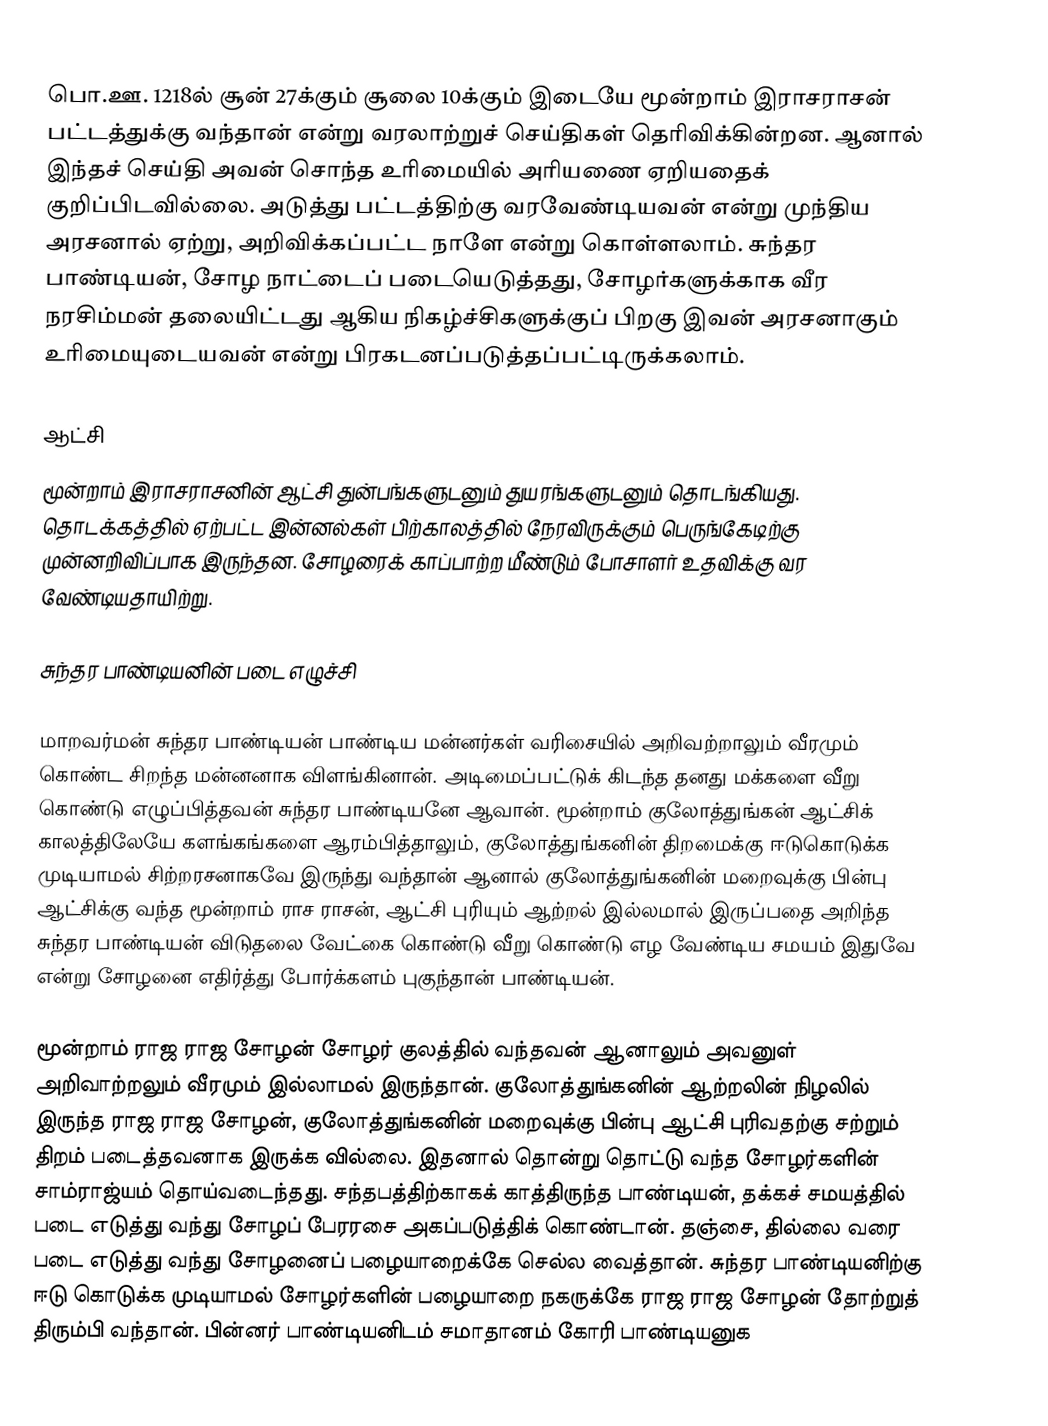
பொ.ஊ. 1218ல் சூன் 27க்கும் சூலை 10க்கும் இடையே மூன்றாம் இராசராசன் பட்டத்துக்கு வந்தான் என்று வரலாற்றுச் செய்திகள் தெரிவிக்கின்றன. ஆனால் இந்தச் செய்தி அவன் சொந்த உரிமையில் அரியணை ஏறியதைக் குறிப்பிடவில்லை. அடுத்து பட்டத்திற்கு வரவேண்டியவன் என்று முந்திய அரசனால் ஏற்று, அறிவிக்கப்பட்ட நாளே என்று கொள்ளலாம். சுந்தர பாண்டியன், சோழ நாட்டைப் படையெடுத்தது, சோழர்களுக்காக வீர நரசிம்மன் தலையிட்டது ஆகிய நிகழ்ச்சிகளுக்குப் பிறகு இவன் அரசனாகும் உரிமையுடையவன் என்று பிரகடனப்படுத்தப்பட்டிருக்கலாம்.

ஆட்சி
மூன்றாம் இராசராசனின் ஆட்சி துன்பங்களுடனும் துயரங்களுடனும் தொடங்கியது. தொடக்கத்தில் ஏற்பட்ட இன்னல்கள் பிற்காலத்தில் நேரவிருக்கும் பெருங்கேடிற்கு முன்னறிவிப்பாக இருந்தன. சோழரைக் காப்பாற்ற மீண்டும் போசாளர் உதவிக்கு வர வேண்டியதாயிற்று.

சுந்தர பாண்டியனின் படை எழுச்சி

மாறவர்மன் சுந்தர பாண்டியன் பாண்டிய மன்னர்கள் வரிசையில் அறிவற்றாலும் வீரமும் கொண்ட சிறந்த மன்னனாக விளங்கினான். அடிமைப்பட்டுக் கிடந்த தனது மக்களை வீறு கொண்டு எழுப்பித்தவன் சுந்தர பாண்டியனே ஆவான். மூன்றாம் குலோத்துங்கன் ஆட்சிக் காலத்திலேயே களங்கங்களை ஆரம்பித்தாலும், குலோத்துங்கனின் திறமைக்கு ஈடுகொடுக்க முடியாமல் சிற்றரசனாகவே இருந்து வந்தான் ஆனால் குலோத்துங்கனின் மறைவுக்கு பின்பு ஆட்சிக்கு வந்த மூன்றாம் ராச ராசன், ஆட்சி புரியும் ஆற்றல் இல்லமால் இருப்பதை அறிந்த சுந்தர பாண்டியன் விடுதலை வேட்கை கொண்டு வீறு கொண்டு எழ வேண்டிய சமயம் இதுவே என்று சோழனை எதிர்த்து போர்க்களம் புகுந்தான் பாண்டியன்.

மூன்றாம் ராஜ ராஜ சோழன் சோழர் குலத்தில் வந்தவன் ஆனாலும் அவனுள் அறிவாற்றலும் வீரமும் இல்லாமல் இருந்தான். குலோத்துங்கனின் ஆற்றலின் நிழலில் இருந்த ராஜ ராஜ சோழன், குலோத்துங்கனின் மறைவுக்கு பின்பு ஆட்சி புரிவதற்கு சற்றும் திறம் படைத்தவனாக இருக்க வில்லை. இதனால் தொன்று தொட்டு வந்த சோழர்களின் சாம்ராஜ்யம் தொய்வடைந்தது. சந்தபத்திற்காகக் காத்திருந்த பாண்டியன், தக்கச் சமயத்தில் படை எடுத்து வந்து சோழப் பேரரசை அகப்படுத்திக் கொண்டான். தஞ்சை, தில்லை வரை படை எடுத்து வந்து சோழனைப் பழையாறைக்கே செல்ல வைத்தான். சுந்தர பாண்டியனிற்கு ஈடு கொடுக்க முடியாமல் சோழர்களின் பழையாறை நகருக்கே ராஜ ராஜ சோழன் தோற்றுத் திரும்பி வந்தான். பின்னர் பாண்டியனிடம் சமாதானம் கோரி பாண்டியனுக